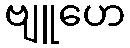
ဗျူဟေ